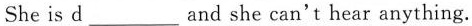
She is d ___ and she can't hear anything.